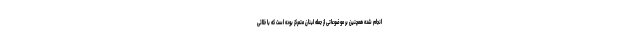
انجام شده همچنین بر موضوعاتی از جمله لبنان متمرکز بوده است که با خلائی